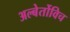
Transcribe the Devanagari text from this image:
अल्बेर्तोविच